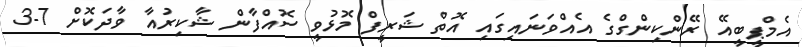
އެމްޕީބީއޭ ރޭންކިންގްގެ އެއްވަނައިގައި އޮތް ޝަރީފް މޮޅުވީ ސޮއްފާން ޝާކިރުއާ ވާދަކޮށް 7-3